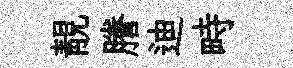
靚謄迪畤